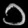
Digit: ၁